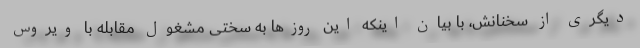
دیگری از سخنانش، با بیان اینکه این روزها به سختی مشغول مقابله با ویروس